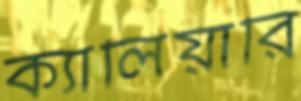
ক্যালিয়ারি